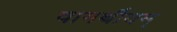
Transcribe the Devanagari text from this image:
वागर्थीयम्